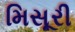
મિસૂરી